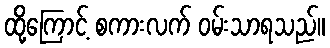
ထို့ကြောင့် စကားလက် ဝမ်းသာရသည်။